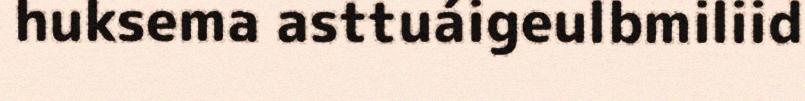
huksema asttuáigeulbmiliid